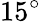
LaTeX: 15^{\circ}